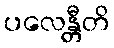
ပလေန္တီတိ